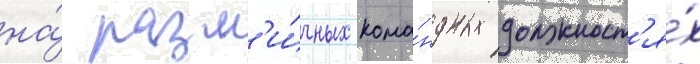
на́ разл'и́чных кома́ндных должност'я́х